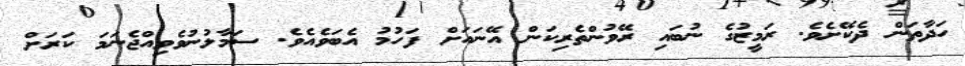
ހަދާތަން ދެކޭށެވެ. ރަމީޒުގެ ނުބައި ރޭވުންތެރިކަން އޭނައަށް ފަހުމު އެބަވެއެވެ. ސަމާލުނުވެވިއްޖެނަމަ ކަރަށް